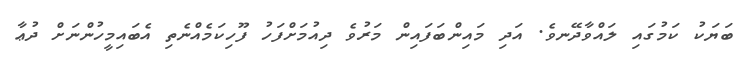
ބަޔަކު ކަމުގައި ލައްވާދޭނވެ. އަދި މައިންބަފައިން މަރުވެ ދިއުމަށްފަހު ފޫހިކަމެއްނެތި އެބައިމީހުންނަށް ދުޢާ